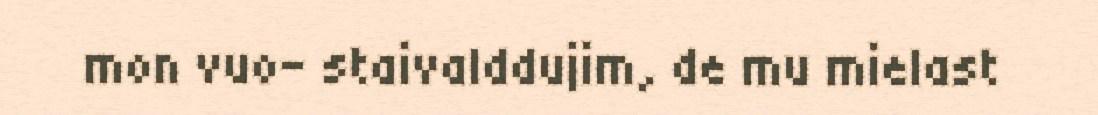
mon vuo- staivalddujim, de mu mielast